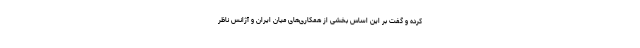
کرده و گفت بر این اساس بخشی از همکاری‌های میان ایران و آژانس ناظر